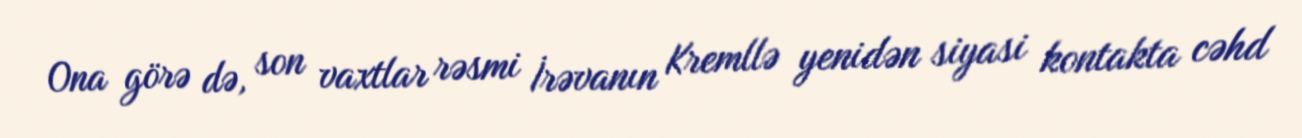
Ona görə də, son vaxtlar rəsmi İrəvanın Kremllə yenidən siyasi kontakta cəhd